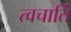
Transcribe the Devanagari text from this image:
त्वचार्ति